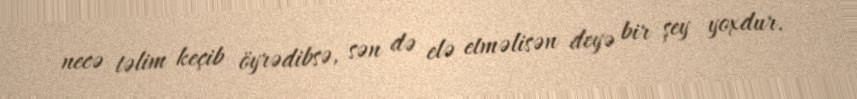
necə təlim keçib öyrədibsə, sən də elə etməlisən deyə bir şey yoxdur.